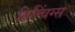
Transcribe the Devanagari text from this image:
हित्चिंग्स